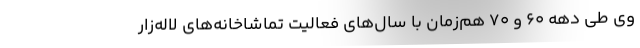
وی طی دهه ۶۰ و ۷۰ هم‌زمان با سال‌های فعالیت تماشاخانه‌های لاله‌زار